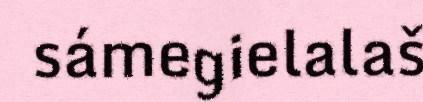
sámegielalaš